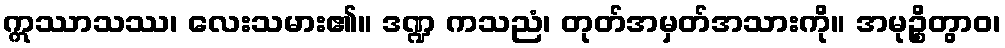
ဣဿာသဿ၊ လေးသမား၏။ ဒဏ္ဍ ကသညံ၊ တုတ်အမှတ်အသားကို။ အမုဉ္စိတွာဝ၊